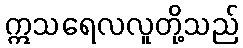
ဣသရေလလူတို့သည်